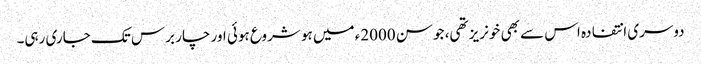
دوسری انتفادہ اس سے بھی خونریز تھی، جو سن 2000ء میں ہو شروع ہوئی اور چار برس تک جاری رہی۔